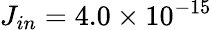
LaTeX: J_{in}=4.0\times 10^{-15}